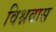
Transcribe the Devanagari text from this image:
विश्नवास